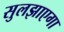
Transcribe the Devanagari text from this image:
सुलझाएगा